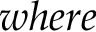
w h e r e